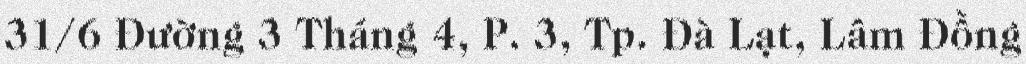
31/6 Đường 3 Tháng 4, P. 3, Tp. Đà Lạt, Lâm Đồng